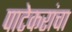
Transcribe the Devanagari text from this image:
पाटेकरांचा